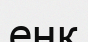
еңк